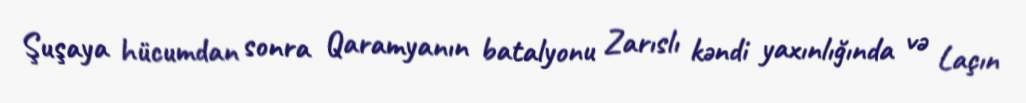
Şuşaya hücumdan sonra Qaramyanın batalyonu Zarıslı kəndi yaxınlığında və Laçın